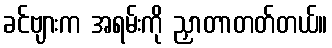
ခင်ဗျားက အရမ်းကို ညှာတာတတ်တယ်။